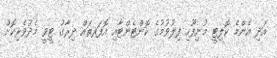
އަދި އެންމެ ކޮލިޓީ މުނިފޫހި ފިލުވުމުގެ ކޮންޓެންޓާއި އޮފަރތައް ދިރާގު ޓީވީ މެދުވެރިކޮށް